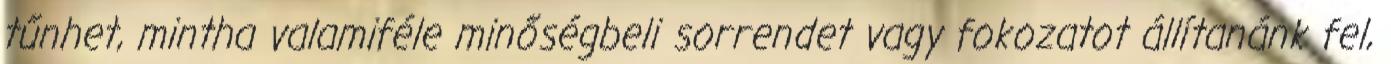
tűnhet, mintha valamiféle minőségbeli sorrendet vagy fokozatot állítanánk fel,